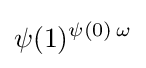
\psi (1)^{\psi (0)\,\omega }